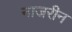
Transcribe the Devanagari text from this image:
नाजरीन